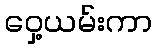
ဝှေ့ယမ်းကာ